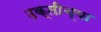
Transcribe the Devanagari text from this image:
उक्तीच्या